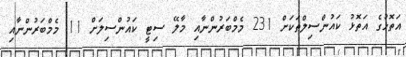
އަތޮޅުގެ އަތޮޅު ކައުންސިލްތަކަށް 231 މެމްބަރުންނާއި މާލޭ ސިޓީ ކައުންސިލަށް 11 މެމްބަރުންނާއި